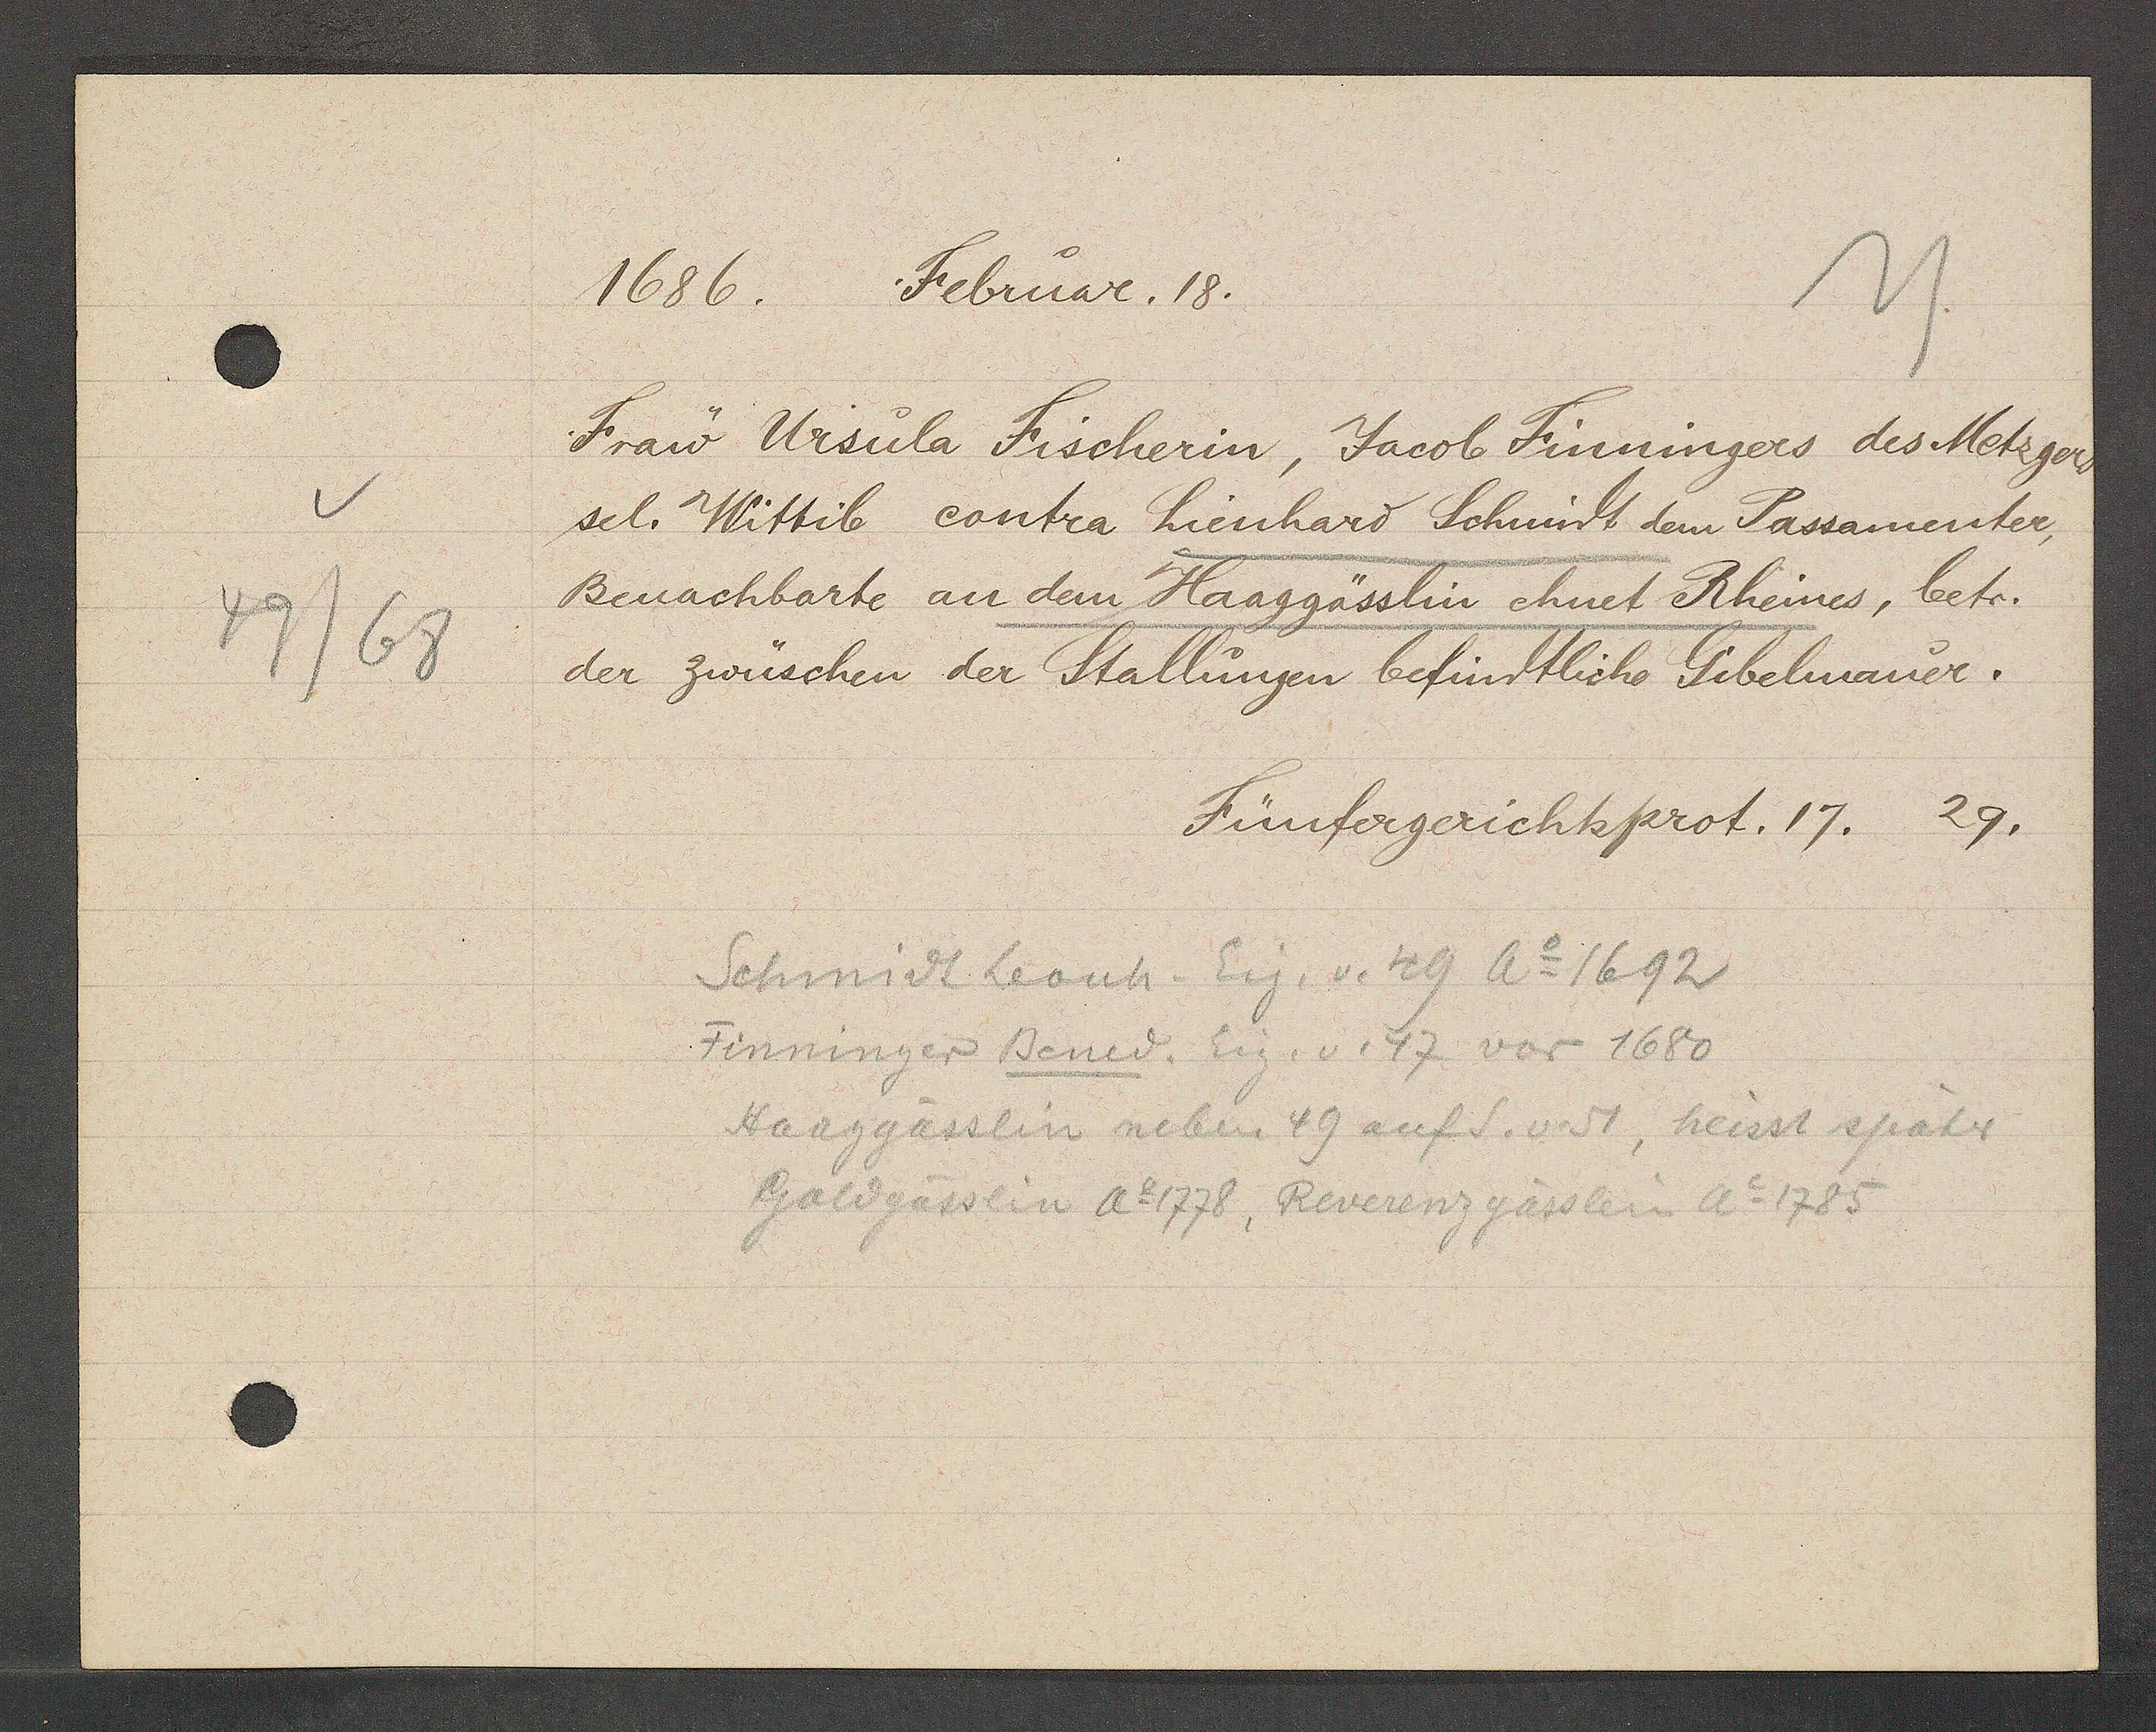
Transcript:
49/68

1686. Februar. 18.

Frau Ursula Fischerin, Jacob Finningers des Metzgers
sel. Wittib contra Lienhard Schmidt dem Passamenter,
Benachbarte an dem Haaggässlin chuet Rheines, betr.
der zwüschen der Stallungen befindtliche Gibelmauer.

Fünfergerichtsprot. 17.
29.

Schmidt Leonh. Eig. v. 49 Ao 1692
Finninger Bened. Eig. v. 47 vor 1680
Haaggässlin neben 49 auf S. v. 51, heisst später
Goldgässlin Ao 1778, Reverenzgässlein Ao 1785